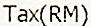
TAX(RM)